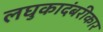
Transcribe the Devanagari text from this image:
लघुकादंबरीकार